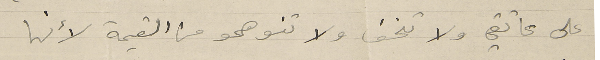
على عاتقي ولا تخف ولا تنوهمو من القيمة لأنها